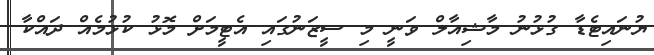
ޔުނައިޓެޑާ ގުޅުނު މާޝިއާލް ވަނީ މި ސީޒަނުގައި އެޓީމަށް މޮޅު ކުޅުމެއް ދައްކާ